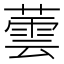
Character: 蕓